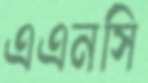
এএনসি